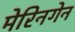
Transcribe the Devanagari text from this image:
मेरिनगेन